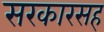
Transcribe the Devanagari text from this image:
सरकारसह